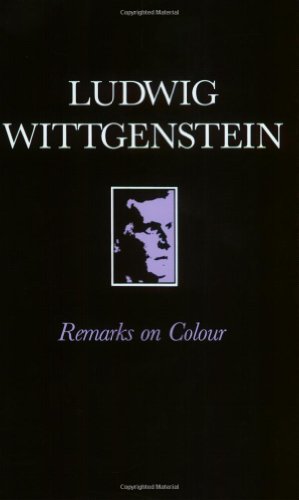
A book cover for Remarks on Colour; Ludwig Wittgenstein; Medical Books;